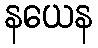
နယေန